Report of the King Institute of Preventive Medicine, Guindy
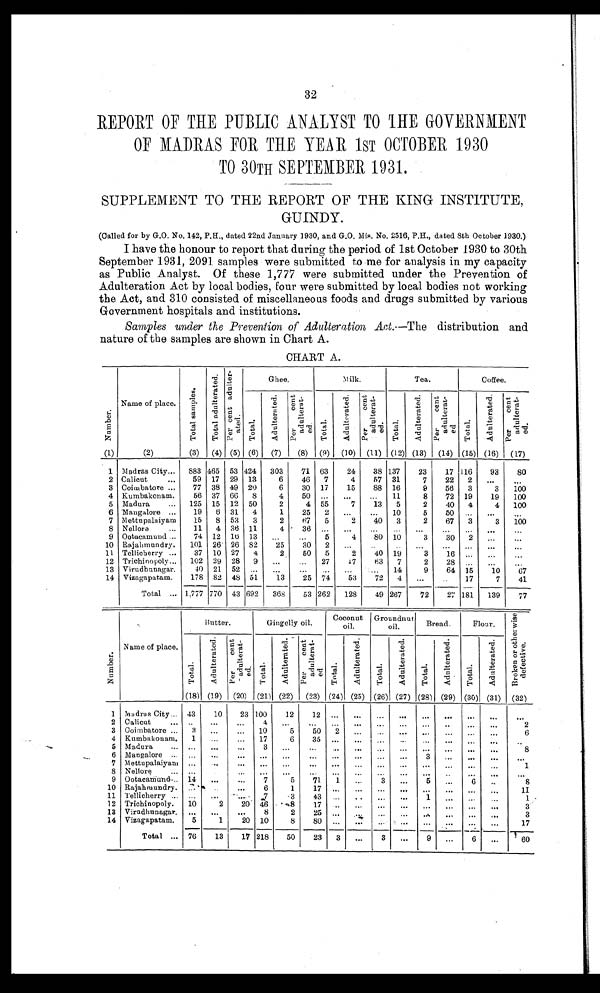
32
REPORT OF THE PUBLIC ANALYST TO THE GOVERNMENT
OF MADRAS FOR ME YEAR 1ST OCTOBER 1930
TO 30TH SEPTEMBER 1931.
SUPPLEMENT TO THE REPORT OF THE KING INSTITUTE,
GUINDY.
(Called for by G.O. No. 142, P.H., dated 22nd January 1930, and G.O. Mis. No. 2516, P.H., dated 8th October 1930.)
I have the honour to report that during the period of 1st October 1930 to 30th
September 1931, 2091 samples were submitted to me for analysis in my capacity
as Public Analyst. Of these 1,777 were submitted under the Prevention of
Adulteration Act by local bodies, four were submitted by local bodies not working
the Act, and 310 consisted of miscellaneous foods and drugs submitted by various
Government hospitals and institutions.
Samples under the Prevention of Adulteration Act .—The distribution and
nature of the samples are shown in Chart A
.
CHART A.
Number.
Name of place.
Total samples.Tot al adul t erat ed. Per cent adul t er at ed.
Ghee.
Milk.
Tea.
C o f f e e .
Tot al .
Adul t e r a t e d. Pe r c e nt a dul t e r a t e d.
Total .
Adul t e r a t e d. Per cent adul t er at ed.
Total.
Adul t er at ed. Pe r c e n t a d u l t e r a t e d .
Tot al .
Adul t er at ed. P e r c e n t a d u l t e r a t e d .
(1)
(2)
(3)
(4) (5) (6)
(7)
(8)
(9)
(10)
(11) (12) (13)
(14) (15) (16)
(17)
1 Madras City
883 465 53 424
303
71 63
24
38 137
23
17 116
93
80
2 Calicut
59 17 29 13
6
46
7
4
57 31
7
22
2
3 Coimbatore
77 38 49 20
6
30 17
15
88 16
9
56
3
3
1 0 0
4 Kumbakonam.
56 37 60
8
4
50
11
8
72 19
19
100
5 Madura
125 15 12 50
2
4 55
7
13
5
2
40
4
4
100
6 Mangalore
19
6 31
4
1
25
2
10
5
50
7 Mettupalaiyam
15
8 53
3
2
67
5
2
40
3
2
67
3
3
100
8 Nellore
11
4 36 11
4
36
9 Ootacamund
74 12 16 13
5
4
80 10
3
30
2
10 Rajahmundry.
1 0 1 26 26 82
25
30
2
11 Tellicherry
37 10 27
4
2
50
5
2
40 19
3
16
12 Trichinopoly
102 29 28
9
27
17
63
7
2
2 8
13 Virudhunagar.
40 21 52
14
9
64 15
10
67
14 Vizagapatam.
1 7 8
82 48 51
13
25 74
53
72
4
17
7
41
Total
1,777 770 43 692
368
53 262
128
49 267
72
27 181
139
77
Number.
Name of place.
Butter.
Gingellyoil.
Coconut
oil.
Groundnut
o i l .
Bread.
Fl our.
B r o k e n o r o t h e r w i s e d e f e c t i v e .
Total.
Adul t e r a t e d.
Pe r c e nt a dul t e r a t e d.
Total.
Adul t e r a t e d.
P e r c e n t a d u l t e r a t e d .
Total.
Ad u l t e r a t e d .
Total.
Adul t e r a t e d.
Total.
A d u l t e r a t e d .
Total.
Adul t e r a t e d.
(18) (19)
(20) (21) (22)
(23) (24) (25) (26) (27) (28) (29) (30) (31) (32)
1 Madras City
43
10
23 100
12
12
2 Calicut
4
2
3 Coimbatore
3
10
5
50
2
6
4 Kumbakonam
1
17
6
35
5 Madura
3
8
6
Mangalore
3
7
Metupalaiyam
1
8 Nellore
9 Ootacamund
14
7
5
71
1
3
5
6
8
10 Rajahmundry.
6
1
1 7
1 1
11 Tllicherry.
7
3
4 3
1
1
12 Trichinopoly.
10
2
20 46
8
17
3
13 Viradhunagar
8
2
25
3
14 Vizagapatam.
5
1
20 10
8
80
17
Total
76
13
17 218
50
23
3
3
9
6
6 0